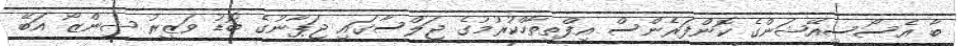
ބާ އެސޯސިއޭޝަންގެ ކޮންފަރެންސް އިފްތިތާހްކުރުމުގެ ޖަލްސާގައި ޖަޕާނުގެ ބޮޑު ވަޒީރު ޝިންޒޯ އަބޭ